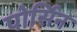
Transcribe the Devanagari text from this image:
पोर्सिन